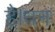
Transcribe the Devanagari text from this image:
है।धन